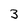
Character: 3